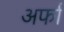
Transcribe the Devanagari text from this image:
अर्फा